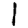
Digit: 1